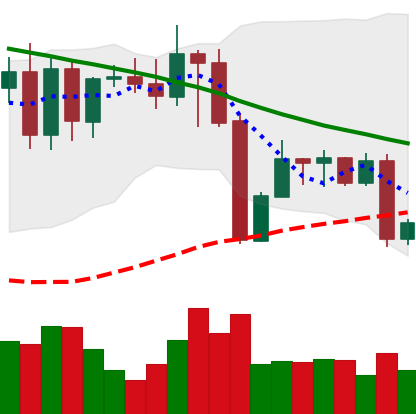
Ticker: XMR-USD
Chart end date: 2022-08-27
Forward return: 6.081%
Label: up_5_7